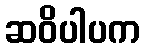
ဆဝိပါပက